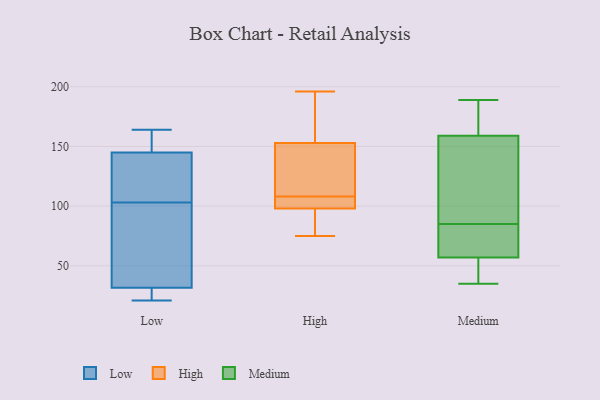
{"axis": {"x": "Bounce Rate (%)", "y": "Value"}, "legend": ["High", "Low", "Medium"], "data": [{"x": "", "y": 26, "type": "Low"}, {"x": "", "y": 27, "type": "Low"}, {"x": "", "y": 147, "type": "Low"}, {"x": "", "y": 67, "type": "Low"}, {"x": "", "y": 148, "type": "Low"}, {"x": "", "y": 108, "type": "Low"}, {"x": "", "y": 116, "type": "Low"}, {"x": "", "y": 164, "type": "Low"}, {"x": "", "y": 143, "type": "Low"}, {"x": "", "y": 98, "type": "Low"}, {"x": "", "y": 21, "type": "Low"}, {"x": "", "y": 36, "type": "Low"}, {"x": "", "y": 107, "type": "High"}, {"x": "", "y": 83, "type": "High"}, {"x": "", "y": 106, "type": "High"}, {"x": "", "y": 196, "type": "High"}, {"x": "", "y": 97, "type": "High"}, {"x": "", "y": 138, "type": "High"}, {"x": "", "y": 160, "type": "High"}, {"x": "", "y": 169, "type": "High"}, {"x": "", "y": 99, "type": "High"}, {"x": "", "y": 75, "type": "High"}, {"x": "", "y": 146, "type": "High"}, {"x": "", "y": 109, "type": "High"}, {"x": "", "y": 70, "type": "Medium"}, {"x": "", "y": 45, "type": "Medium"}, {"x": "", "y": 57, "type": "Medium"}, {"x": "", "y": 92, "type": "Medium"}, {"x": "", "y": 159, "type": "Medium"}, {"x": "", "y": 118, "type": "Medium"}, {"x": "", "y": 61, "type": "Medium"}, {"x": "", "y": 162, "type": "Medium"}, {"x": "", "y": 189, "type": "Medium"}, {"x": "", "y": 142, "type": "Medium"}, {"x": "", "y": 165, "type": "Medium"}, {"x": "", "y": 78, "type": "Medium"}, {"x": "", "y": 35, "type": "Medium"}, {"x": "", "y": 44, "type": "Medium"}]}